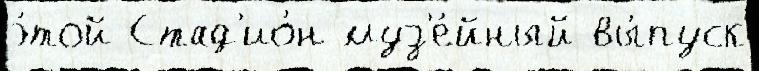
э́той Стад'ио́н муз'е́йный вы́пуск